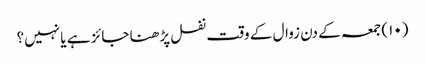
(۱۰) جمعہ کے دن زوال کے وقت نفل پڑھنا جائز ہے یا نہیں؟